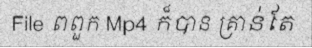
File ពពួក Mp4 ក៏បាន គ្រាន់តែ